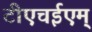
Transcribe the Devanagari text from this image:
टीएचईएम्